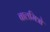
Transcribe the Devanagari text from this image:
बालमित्रो